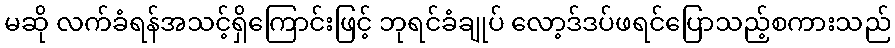
မဆို လက်ခံရန်အသင့်ရှိကြောင်းဖြင့် ဘုရင်ခံချုပ် လော့ဒ်ဒပ်ဖရင်ပြောသည့်စကားသည်